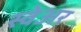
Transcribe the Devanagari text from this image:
स्वेअर